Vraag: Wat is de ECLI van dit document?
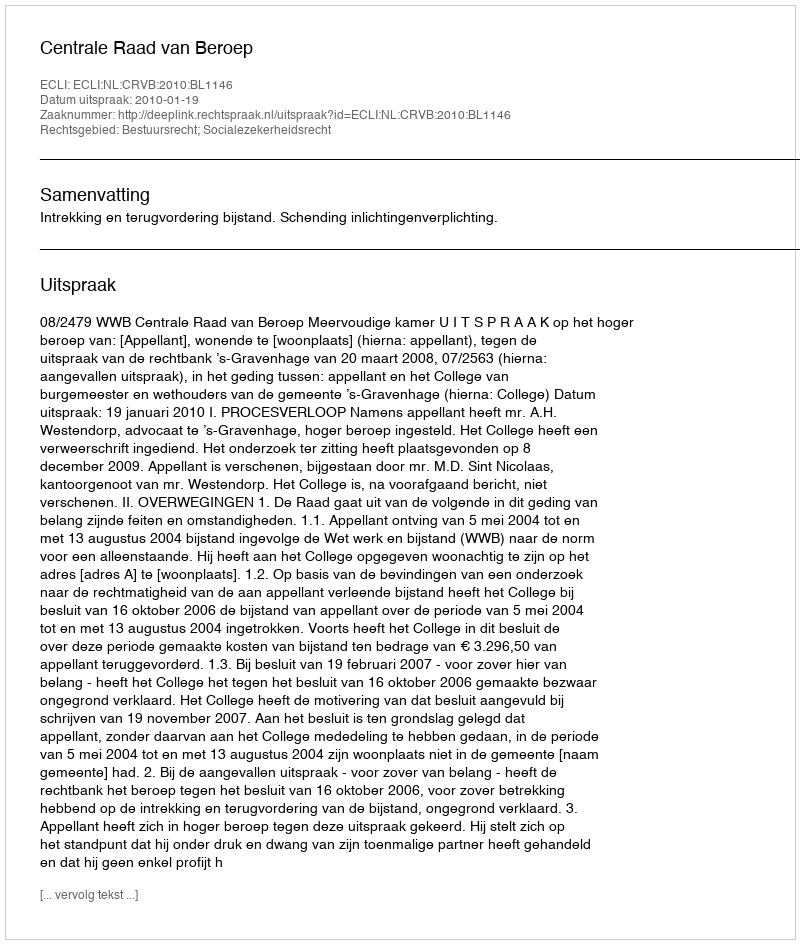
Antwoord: ECLI:NL:CRVB:2010:BL1146